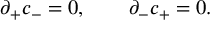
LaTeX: \partial _ { + } c _ { - } = 0 , \qquad \partial _ { - } c _ { + } = 0 .